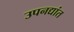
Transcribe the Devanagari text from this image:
उपनद्यांत